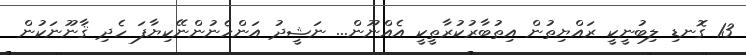
13 ގޮނޑި ލިބުނީކީ ރައްޔިތުން އިތުބާރުކުރާތީކީ އެއްނޫން... ނަޝީދު އަންހެނުންނޭކިޔާފަ ހެދި ޤާނޫނަކުން